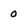
Character: 0